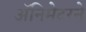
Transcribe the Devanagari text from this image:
ॲनिमेटरने